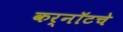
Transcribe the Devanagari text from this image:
कर्नॉटचे